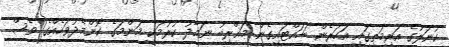
ކުނަލުގެ އަރިމަތީގައި އަހަރެން ބަހައްޓައިގެން މަޣްރިބު ނަމާދު ކުރުމަކީ މަންމަގެ ކޮންމެދުވަހެއްގެ ވެސް